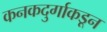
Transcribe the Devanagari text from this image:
कनकदुर्गाकडून